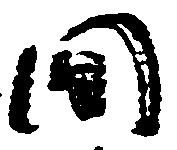
間